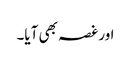
اور غصہ بھی آیا۔